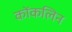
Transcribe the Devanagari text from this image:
कोंकलिन